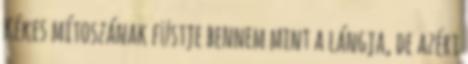
Kékes mítoszának füstje bennem mint a lángja, de azért